Annual report of the Bengal Veterinary College and of the Civil Veterinary Department, Bengal, for the year 1910-1911 - 1910-1911
Year: 1910
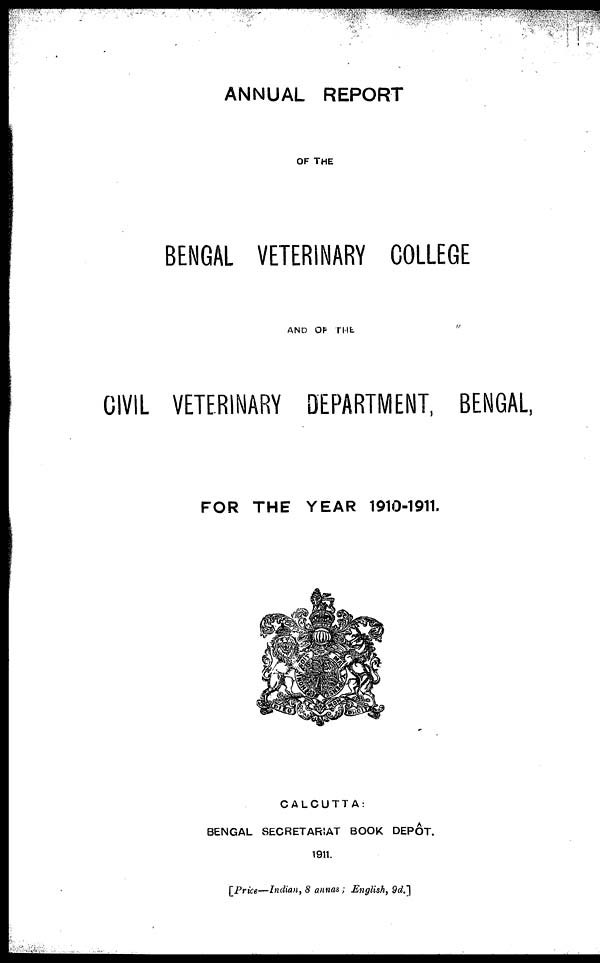
ANNUAL REPORT
OF THE
BENGAL VETERINARY COLLEGE
AND OF THE
CIVIL VETERINARY DEPARTMENT, BENGAL,
FOR THE YEAR 1910-1911.
CALCUTTA:
BENGAL SECRETARIAT BOOK DEPOT.
1911.
[Price—Indian, 8 annas; English, 9d.]